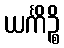
ယင်္ကိဉ္စိ